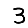
Digit: 3